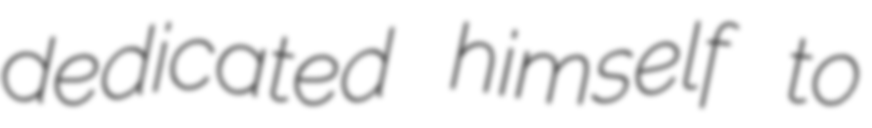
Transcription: dedicated himself to